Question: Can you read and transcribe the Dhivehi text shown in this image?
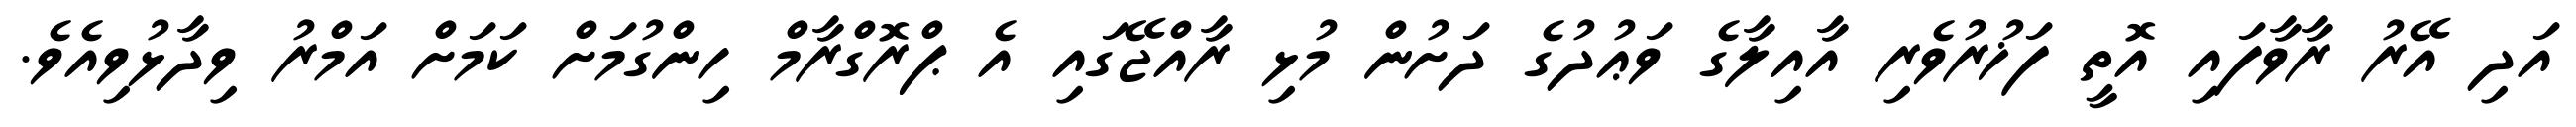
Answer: އަދި އޭރު ރާވާފައި އޮތީ ފަޚުރުވެރި އާއިލާގެ ވަޢުދުގެ ދަށުން މުޅި ރާއްޖޭގައި އެ ޕްރޮގްރާމް ހިންގުމަށް ކަމަށް އަމްރު ވިދާޅުވިއެވެ.